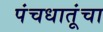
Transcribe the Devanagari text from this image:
पंचधातूंचा